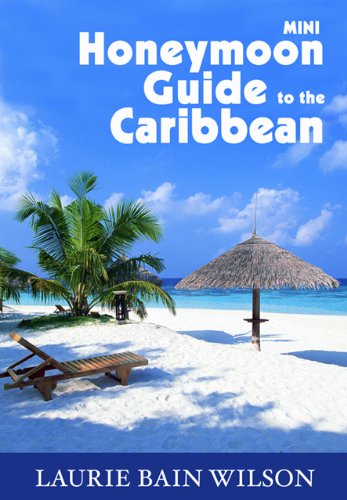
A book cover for Mini Honeymoon Guide to the Caribbean; Laurie Bain Wilson; Crafts, Hobbies & Home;